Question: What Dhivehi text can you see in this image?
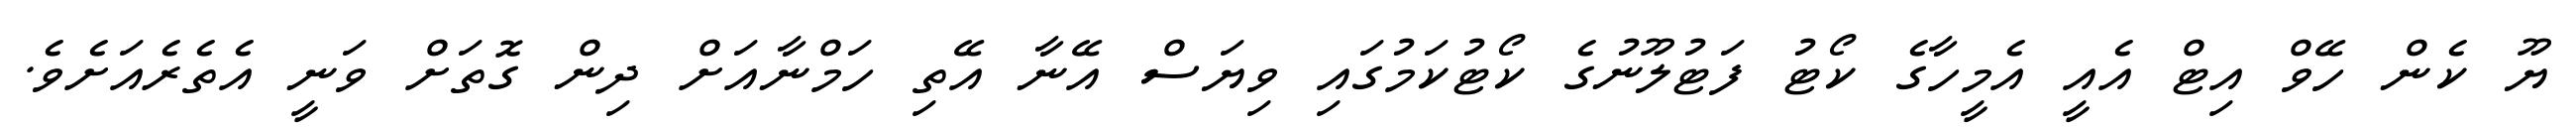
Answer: ޔޫ ކެން ހޭވް އިޓް އެއީ އެމީހާގެ ކޯޓު ފަޓުލޫނުގެ ކޯޓުކަމުގައި ވިޔަސް އޭނާ އޭތި ހަމްނާއަށް ދިން ގޮތަށް ވަނީ އެތެރެއަށެވެ.